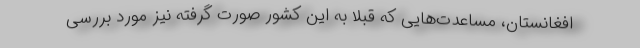
افغانستان، مساعدت‌هایی که قبلاً به این کشور صورت گرفته نیز مورد بررسی